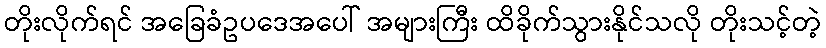
တိုးလိုက်ရင် အခြေခံဥပဒေအပေါ် အများကြီး ထိခိုက်သွားနိုင်သလို တိုးသင့်တဲ့